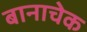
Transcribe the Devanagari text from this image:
बानाचेक